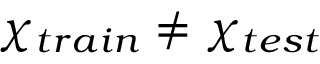
\chi _ { t r a i n } \neq \chi _ { t e s t }